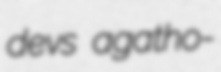
devs agatho-